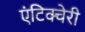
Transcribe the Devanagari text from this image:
एंटिक्चेरी